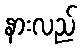
နားလည်